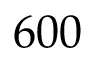
6 0 0